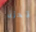
تحزن